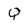
Character: Q